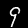
Digit: 9